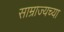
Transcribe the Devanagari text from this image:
साम्राज्यच्या